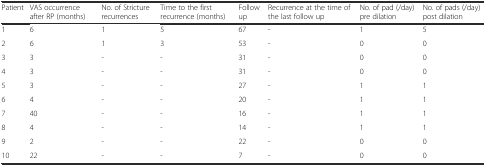
<table><thead><tr><td><b>Patient</b></td><td><b>VAS occurrence after RP (months)</b></td><td><b>No. of Stricture recurrences</b></td><td><b>Time to the first recurrence (months)</b></td><td><b>Follow up</b></td><td><b>Recurrence at the time of the last follow up</b></td><td><b>No. of pad (/day) pre dilation</b></td><td><b>No. of pads (/day) post dilation</b></td></tr></thead><tbody><tr><td>1</td><td>6</td><td>1</td><td>5</td><td>67</td><td>-</td><td>1</td><td>5</td></tr><tr><td>2</td><td>6</td><td>1</td><td>3</td><td>53</td><td>-</td><td>0</td><td>0</td></tr><tr><td>3</td><td>3</td><td>-</td><td>-</td><td>31</td><td>-</td><td>0</td><td>0</td></tr><tr><td>4</td><td>3</td><td>-</td><td>-</td><td>31</td><td>-</td><td>0</td><td>0</td></tr><tr><td>5</td><td>3</td><td>-</td><td>-</td><td>27</td><td>-</td><td>1</td><td>1</td></tr><tr><td>6</td><td>4</td><td>-</td><td>-</td><td>20</td><td>-</td><td>1</td><td>1</td></tr><tr><td>7</td><td>40</td><td>-</td><td>-</td><td>16</td><td>-</td><td>1</td><td>1</td></tr><tr><td>8</td><td>4</td><td>-</td><td>-</td><td>14</td><td>-</td><td>1</td><td>1</td></tr><tr><td>9</td><td>2</td><td>-</td><td>-</td><td>22</td><td>-</td><td>0</td><td>0</td></tr><tr><td>10</td><td>22</td><td>-</td><td>-</td><td>7</td><td>-</td><td>0</td><td>0</td></tr></tbody></table>